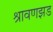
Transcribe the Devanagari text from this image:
श्रावणझड